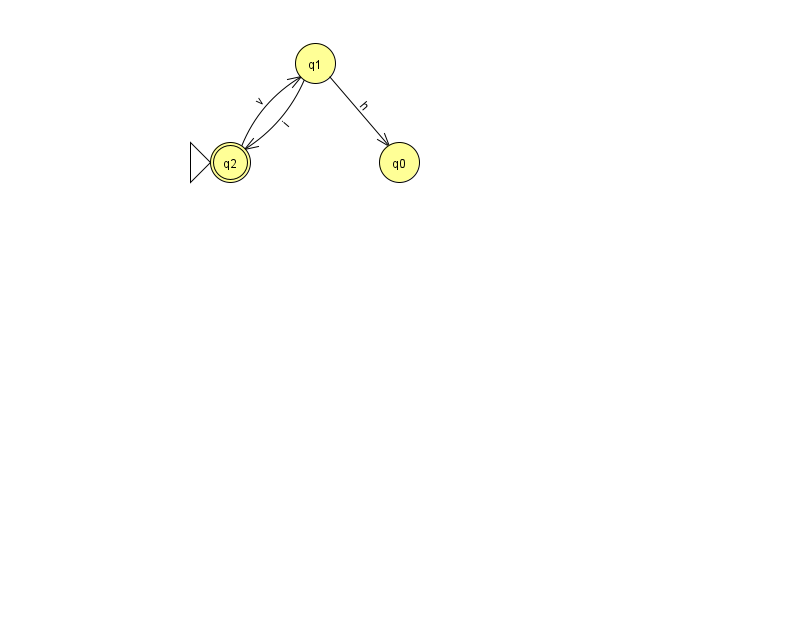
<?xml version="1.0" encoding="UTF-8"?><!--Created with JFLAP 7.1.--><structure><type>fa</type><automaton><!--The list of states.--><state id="0" name="q0"><x>399.0</x><y>149.0</y></state><state id="1" name="q1"><x>315.0</x><y>50.0</y></state><state id="2" name="q2"><x>230.0</x><y>149.0</y><initial/><final/></state><!--The list of transitions.--><transition><from>1</from><to>0</to><read>h</read></transition><transition><from>1</from><to>2</to><read>i</read></transition><transition><from>2</from><to>1</to><read>v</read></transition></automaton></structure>